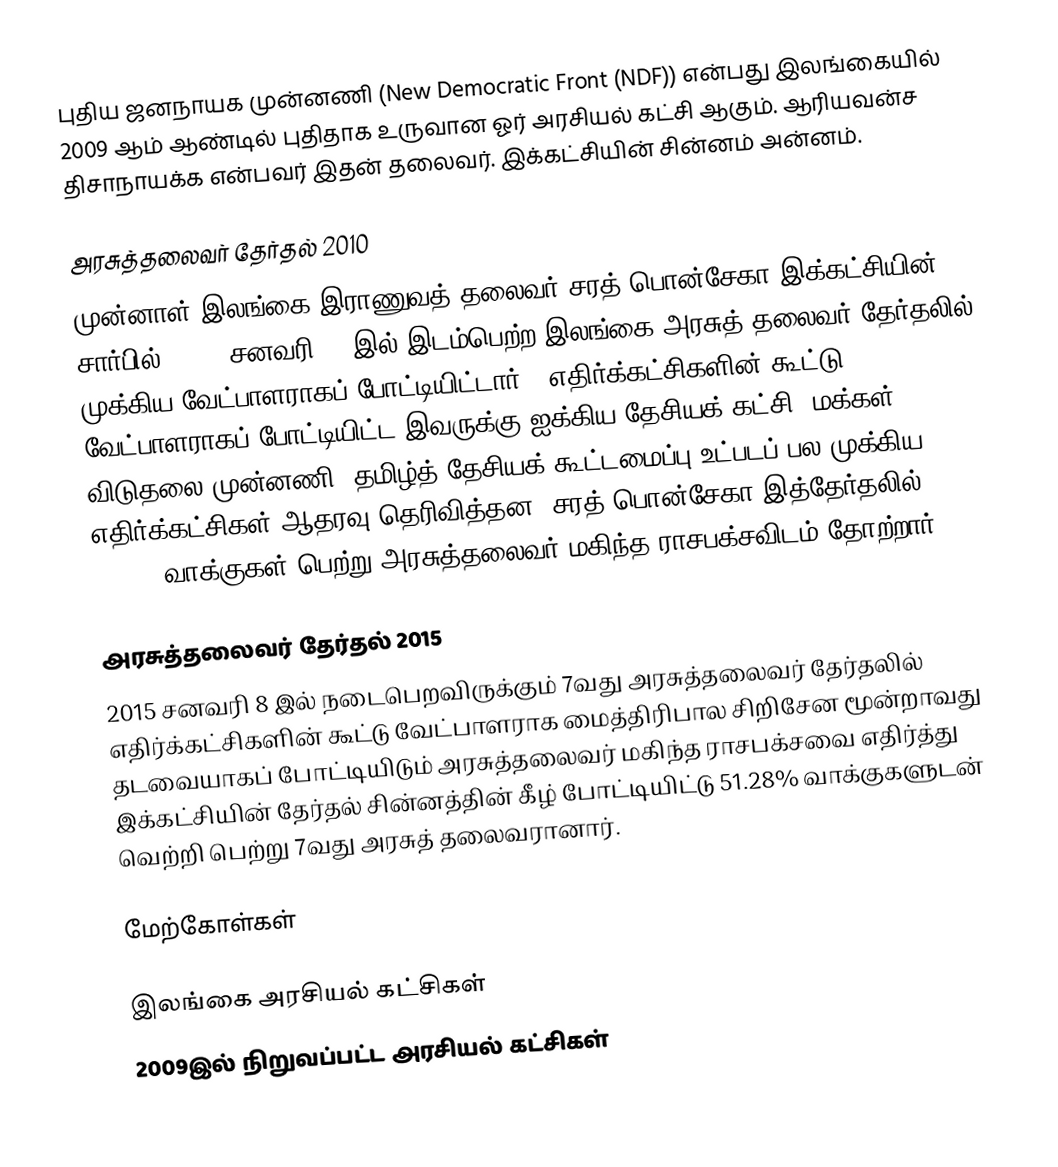
புதிய ஜனநாயக முன்னணி (New Democratic Front (NDF)) என்பது இலங்கையில் 2009 ஆம் ஆண்டில் புதிதாக உருவான ஓர் அரசியல் கட்சி ஆகும். ஆரியவன்ச திசாநாயக்க என்பவர் இதன் தலைவர். இக்கட்சியின் சின்னம் அன்னம்.

அரசுத்தலைவர் தேர்தல் 2010
முன்னாள் இலங்கை இராணுவத் தலைவர் சரத் பொன்சேகா இக்கட்சியின் சார்பில் 2010, சனவரி 26 இல் இடம்பெற்ற இலங்கை அரசுத் தலைவர் தேர்தலில் முக்கிய வேட்பாளராகப் போட்டியிட்டார்.. எதிர்க்கட்சிகளின் கூட்டு வேட்பாளராகப் போட்டியிட்ட இவருக்கு ஐக்கிய தேசியக் கட்சி, மக்கள் விடுதலை முன்னணி, தமிழ்த் தேசியக் கூட்டமைப்பு உட்படப் பல முக்கிய எதிர்க்கட்சிகள் ஆதரவு தெரிவித்தன. சரத் பொன்சேகா இத்தேர்தலில் 40.15% வாக்குகள் பெற்று அரசுத்தலைவர் மகிந்த ராசபக்சவிடம் தோற்றார்.

அரசுத்தலைவர் தேர்தல் 2015
2015 சனவரி 8 இல் நடைபெறவிருக்கும் 7வது அரசுத்தலைவர் தேர்தலில் எதிர்க்கட்சிகளின் கூட்டு வேட்பாளராக மைத்திரிபால சிறிசேன மூன்றாவது தடவையாகப் போட்டியிடும் அரசுத்தலைவர் மகிந்த ராசபக்சவை எதிர்த்து இக்கட்சியின் தேர்தல் சின்னத்தின் கீழ் போட்டியிட்டு 51.28% வாக்குகளுடன் வெற்றி பெற்று 7வது அரசுத் தலைவரானார்.

மேற்கோள்கள்

இலங்கை அரசியல் கட்சிகள்
2009இல் நிறுவப்பட்ட அரசியல் கட்சிகள்